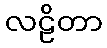
လဠိတာ